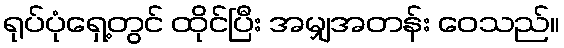
ရုပ်ပုံရှေ့တွင် ထိုင်ပြီး အမျှအတန်း ဝေသည်။